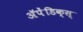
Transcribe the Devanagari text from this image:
अॅपेंडिक्स्